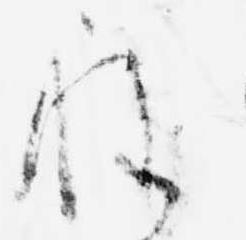
程